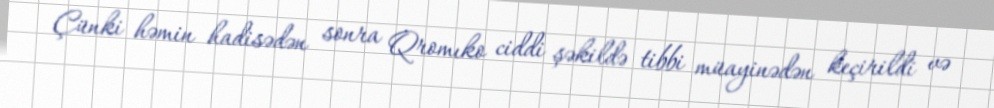
Çünki həmin hadisədən sonra Qromıko ciddi şəkildə tibbi müayinədən keçirildi və